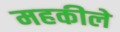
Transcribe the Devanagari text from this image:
महकीले